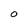
Character: O